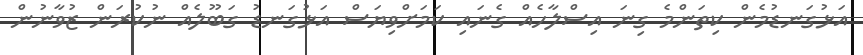
އަޅުގަނޑުމެން ކިތަންމެ ގިނަ އިސްލާހެއް ގެނައި ކަމަށްވިޔަސް އަޅުގަނޑު ގަބޫލެއް ނުކުރަން ޒުވާނުން